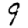
Digit: 9